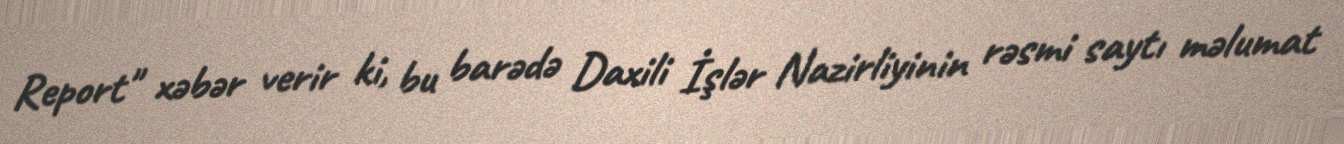
Report" xəbər verir ki, bu barədə Daxili İşlər Nazirliyinin rəsmi saytı məlumat